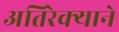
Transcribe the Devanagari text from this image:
अतिरेक्याने